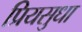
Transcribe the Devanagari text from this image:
प्रियसुधा